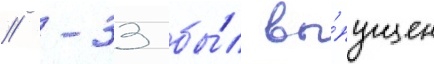
// -33 бы́л вы́пущен